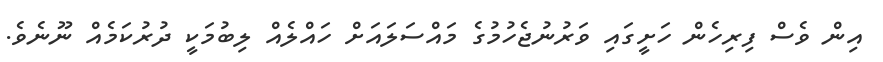
އިން ވެސް ފިރިހެން ހަށީގައި ވަރުނުޖެހުމުގެ މައްސަލައަށް ހައްލެއް ލިބުމަކީ ދުރުކަމެއް ނޫނެވެ.